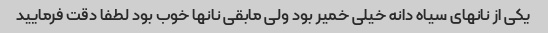
یکی از نانهای سیاه دانه خیلی خمیر بود ولی مابقی نانها خوب بود لطفا دقت فرمایید